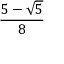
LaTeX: \frac { 5 - { \sqrt { 5 } } } { 8 }